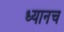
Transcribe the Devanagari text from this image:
ध्यानच